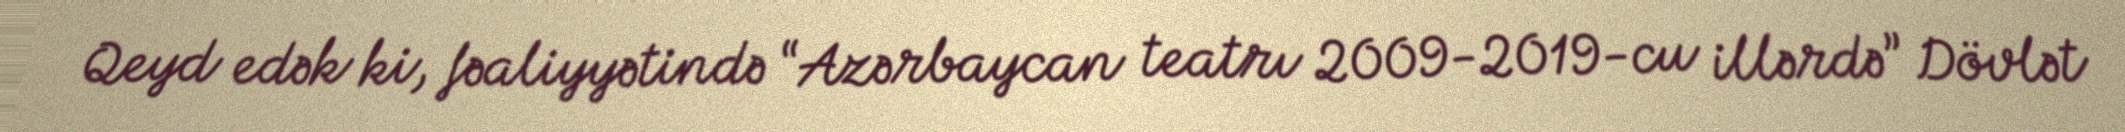
Qeyd edək ki, fəaliyyətində “Azərbaycan teatrı 2009-2019-cu illərdə” Dövlət